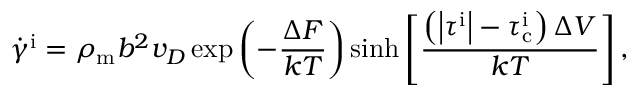
\dot { \gamma } ^ { \mathrm { i } } = \rho _ { \mathrm { m } } b ^ { 2 } v _ { D } \exp \left( - \frac { \Delta F } { k T } \right) \sinh \left[ \frac { \left( \left| \tau ^ { \mathrm { i } } \right| - \tau _ { \mathrm { c } } ^ { \mathrm { i } } \right) \Delta V } { k T } \right] ,